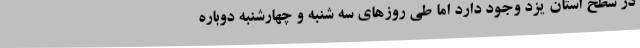
در سطح استان یزد وجود دارد اما طی روزهای سه شنبه و چهارشنبه دوباره